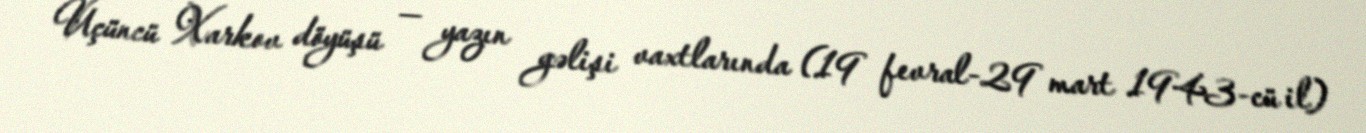
Üçüncü Xarkov döyüşü — yazın gəlişi vaxtlarında (19 fevral-29 mart 1943-cü il)